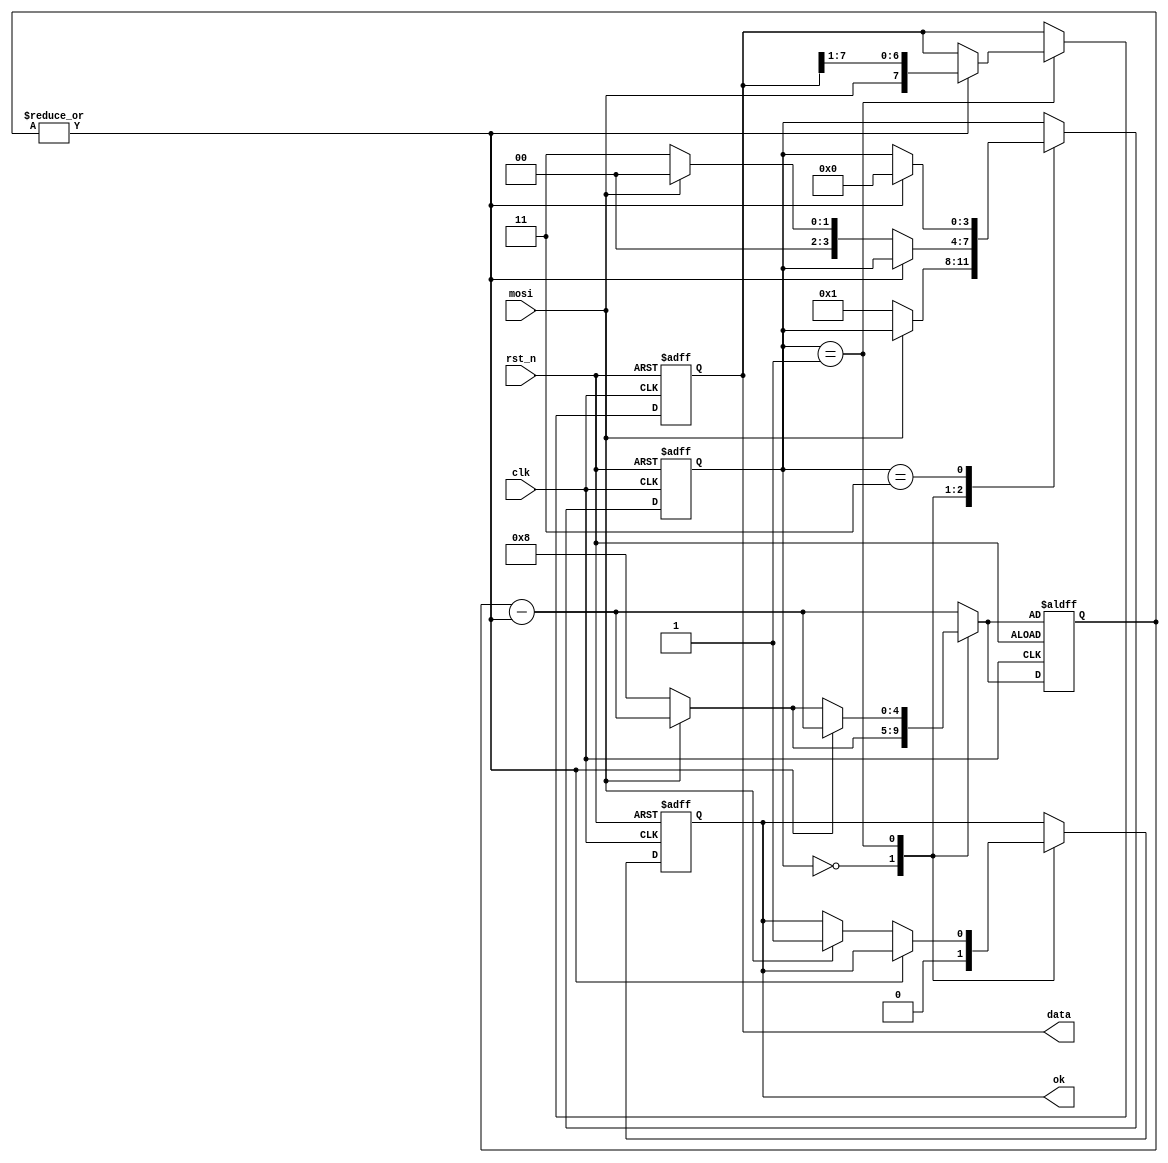
module uart_rx(
    input       rst_n,
    input       mosi,
    input       clk,
    output      ok,
    output[7:0] data
);
reg[4:0] cnt,next_cnt;
reg      rx_ok,next_rx_ok;
reg[3:0] state,next_state;
reg[7:0] rx,next_rx;
assign data = rx;
assign ok  = rx_ok;
always@(posedge clk or negedge rst_n)begin
    if(!rst_n)begin
        state <= 0;
        cnt   <= next_cnt;
        rx    <= 0;
        rx_ok <= 0;
    end
    else begin
        state <= next_state;
        rx_ok <= next_rx_ok;
        cnt   <= next_cnt;
        rx    <= next_rx;
    end
end
parameter idle     = 0;
parameter rec_data = 1;
parameter done     = 2;
parameter wait_dmy = 3;
always@(*)begin
    next_state = state;
    next_rx_ok = rx_ok;
    next_cnt   = cnt - |cnt;
    next_rx    = rx;
    case(state)
        idle:begin
            next_rx_ok = 1'b0;
            if(!mosi)begin
                next_state = rec_data;
                next_cnt   = 8;
            end
        end
        rec_data:begin
            if(|cnt)begin
                next_rx = {mosi,rx[7:1]};
            end
            else if(mosi)begin
                next_state = idle;
                next_rx_ok = 1'b1;
            end
            else begin//overtime
                next_state = wait_dmy;
                next_cnt   = 8;
            end
        end
        wait_dmy:begin
            if(|cnt) next_state = idle;
        end        
    endcase
end
endmodule